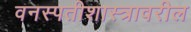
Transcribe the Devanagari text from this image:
वनस्पतीशास्त्रावरील